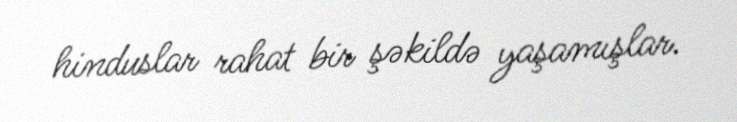
hinduslar rahat bir şəkildə yaşamışlar.